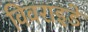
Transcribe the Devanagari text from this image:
विवराइडे